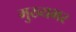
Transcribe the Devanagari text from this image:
मुख्यभर